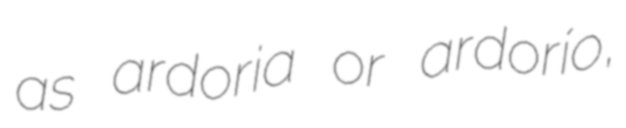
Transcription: as ardoria or ardorío,